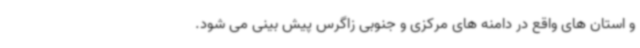
و استان های واقع در دامنه های مرکزی و جنوبی زاگرس پیش بینی می شود.